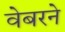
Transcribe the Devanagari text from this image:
वेबरने